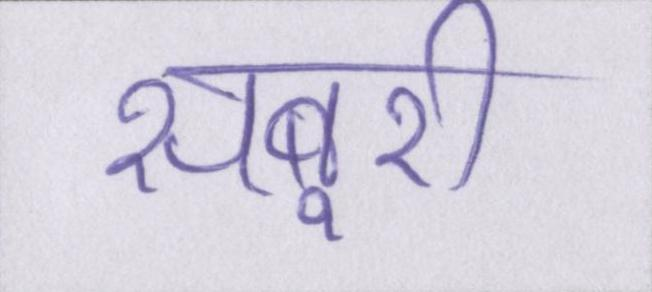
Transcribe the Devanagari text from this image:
सबूरी